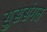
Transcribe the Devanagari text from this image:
सुससंगत